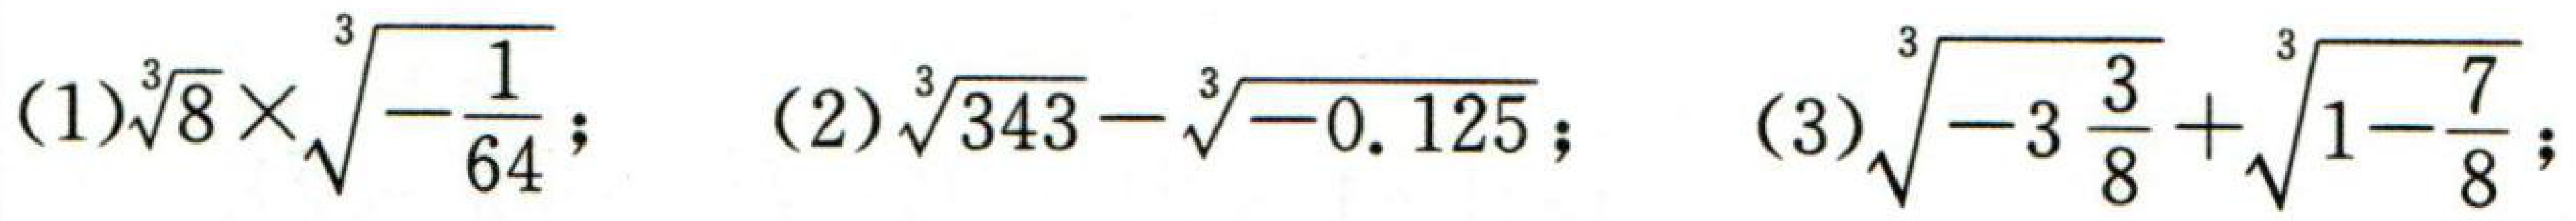
(1)$\sqrt[3]{8}\times\sqrt[3]{-\dfrac{1}{64}}$; (2)$\sqrt[3]{343}-\sqrt[3]{-0.125}$; (3)$\sqrt[3]{-3\dfrac{3}{8}}+\sqrt[3]{1 - \dfrac{7}{8}}$;